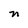
Character: n